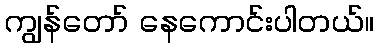
ကျွန်တော် နေကောင်းပါတယ်။